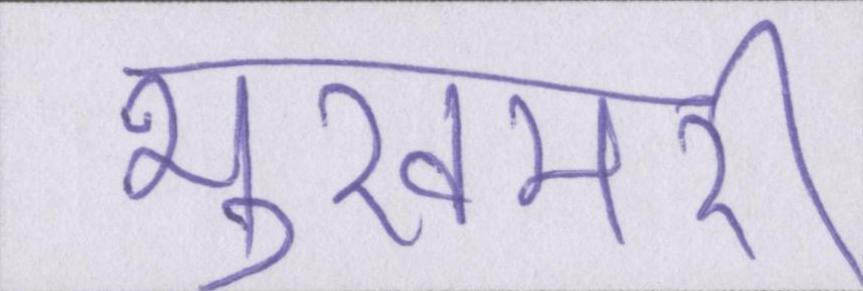
भुखमरी